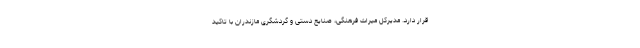
قرار دارد. مدیرکل میراث فرهنگی، صنایع دستی و گردشگری مازندران با تاکید